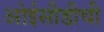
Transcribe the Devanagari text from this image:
ओईसीडीची